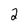
Character: 2